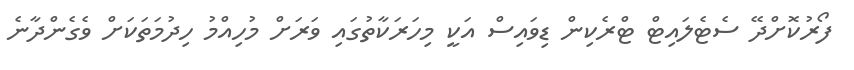
ފޯރުކޮށްދޭ ސެޓެލައިޓް ޓްރެކިން ޑިވައިސް އަކީ މިހަރަކާތުގައި ވަރަށް މުހިއްމު ހިދުމަތަކަށް ވެގެންދާނެ